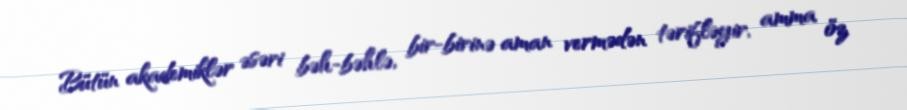
Bütün akademiklər əsəri bəh-bəhlə, bir-birinə aman vermədən tərifləyir, amma öz